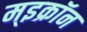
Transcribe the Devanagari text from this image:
म्इक्रॉन